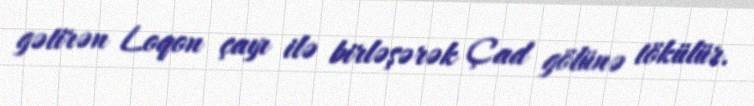
gətirən Loqon çayı ilə birləşərək Çad gölünə tökülür.